Vaccination United Provinces of Agra and Oudh 1914-1922 - 1914-1922
Year: 1914
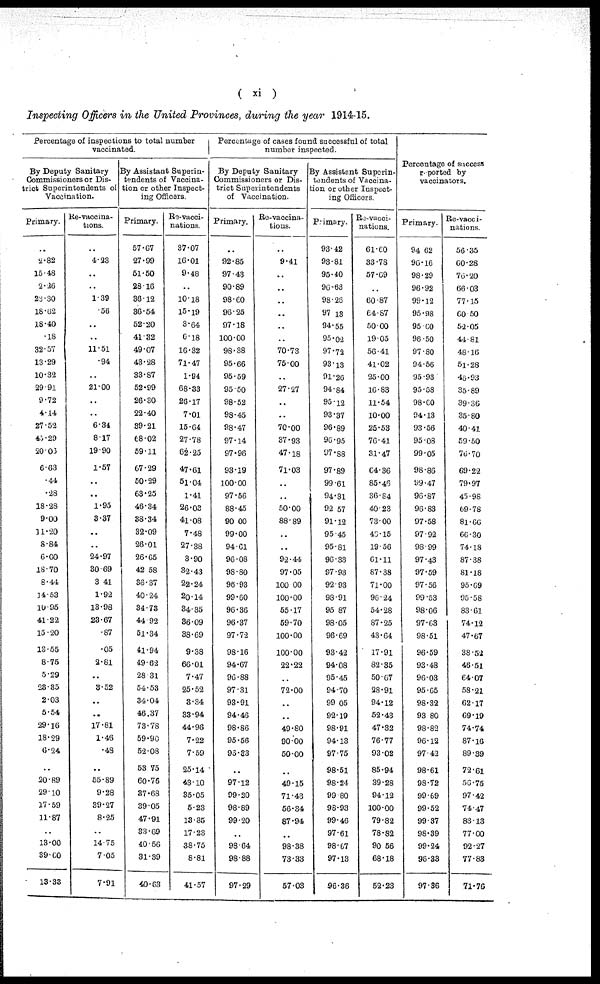
( xi )
Inspecting Officers in the United Provinces, during the year 1914-15.
Percentage of inspections to total number
vaccinated.
By Deputy Sanitary
Commissioners or Dis-
trict Superintendents of
Vaccination.
Primary.
...
2.82
15.48
2.26
23.30
18.62
18.40
.18
32.57
13.29
10.32
29.91
9.72
4.14
27.52
45.29
20.03
6.63
.44
.28
18.28
9.00
11.20
8.84
6.00
18.70
8.44
14.53
10.95
41.22
15.20
13.55
8.75
5.29
23.35
2.03
5.54
29.16
18.29
6.24
...
20.89
29.10
17.59
11.87
...
13.00
39.00
13.33
Re-vaccina-
tions.
...
4.23
...
...
1.39
.56
...
...
11.51
.94
...
21.00
...
...
6.34
8.17
19.90
1.57
...
...
1.95
3.37
...
...
24.97
30.69
3.41
1.92
13.98
23.67
.87
.05
2.61
...
3.52
...
...
17.81
1.46
.48
...
55.89
9.28
39.27
8.25
...
14.75
7.05
7.91
By Assistant Superin-
tendents of Vaccina-
tion or other Inspect-
ing Officers.
Primary.
57.67
27.99
51.50
28.16
36.12
36.54
52.20
41.32
49.07
43.28
33.87
52.99
26.30
22.40
39.21
68.02
59.11
67.29
50.29
63.25
46.34
38.34
32.09
26.01
26.65
42.58
36.37
40.24
34.73
44.92
51.34
41.94
49.62
28.31
54.53
34.04
46.37
73.78
59.90
52.08
53.75
60.76
37.68
39.05
47.91
33.69
40.56
31.39
40.63
Re-vacci-
nations.
37.07
16.01
9.48
...
10.18
15.19
3.64
6.18
16.32
71.47
1.94
68.33
26.17
7.01
15.64
27.78
62.25
47.61
51.04
1.41
26.03
41.08
7.48
27.38
3.90
32.43
22.24
20.14
34.35
36.09
38.69
9.38
66.01
7.47
25.52
3.34
33.94
44.96
7.22
7.59
25.14
43.10
35.05
5.23
13.85
17.23
38.75
8.81
41.57
Percentage of cases found successful of total
number inspected.
By Deputy Sanitary
Commissioners or Dis-
trict Superintendents
of Vaccination.
Primary.
...
92.85
97.43
90.89
98.60
96.25
97.18
100.00
98.38
95.66
95.59
95.50
98.52
98.45
98.47
97.14
97.96
93.19
100.00
97.56
88.45
90.00
99.00
94.61
96.08
98.80
96.93
99.60
96.36
96.37
97.72
98.16
94.67
96.88
97.31
93.91
94.46
98.86
95.56
96.33
...
97.12
99.20
98.89
99.20
...
98.64
98.88
97.29
Re-vaccina¬
tions.
...
9.41
...
...
...
...
...
...
70.73
75.00
...
27.27
...
...
70.00
37.93
47.18
71.03
...
...
50.00
88.89
...
...
92.44
97.05
100.00
100.00
55.17
59.70
100.00
100.00
22.22
...
72.00
...
...
49.80
90.00
50.00
...
49.15
71.43
56.34
87.94
...
98.38
73.33
57.03
By Assistant Superin-
tendents of Vaccina-
tion or other Inspect-
ing Officers.
Pimary.
93.42
93.81
95.40
96.63
98.26
97.13
94.55
95.02
97.72
93.13
91.26
94.84
95.12
93.37
96.89
96.95
97.88
97.89
99.61
94.31
92.57
91.12
95.45
95.81
96.33
97.93
92.93
98.91
95.87
98.05
96.69
93.42
94.08
95.45
94.70
99.05
92.19
98.91
94.13
97.75
98.51
98.24
99.80
98.93
99.46
97.61
98.67
97.13
96.36
Re-vacci¬
nations.
61.60
33.78
57.69
...
60.87
64.87
50.00
19.05
56.41
41.02
25.00
16.83
11.54
10.00
25.53
76.41
31.47
64.36
85.46
36.84
40.23
73.00
46.15
19.56
61.11
87.38
71.00
96.24
54.28
87.25
43.64
17.91
82.35
50.67
28.91
94.12
52.43
47.32
76.77
93.02
85.94
39.28
94.12
100.00
79.82
78.82
90.56
68.18
52.23
Percentage of success
reported by
vaccinators.
Primary.
94.62
96.16
98.29
96.92
99.12
95.98
95.60
96.50
97.80
94.56
95.93
95.58
98.60
94.13
93.56
95.08
99.05
98.86
99.47
96.87
96.83
97.58
97.92
98.99
97.43
97.59
97.56
99.53
98.06
97.63
98.51
96.59
93.48
96.03
95.65
98.32
93.80
98.82
96.12
97.42
98.61
98.72
99.69
99.52
99.37
98.39
99.24
96.33
97.36
Re-vacci¬
nations.
56.35
60.28
76.20
66.03
77.15
60.50
52.05
44.81
48.16
5l.28
46.93
35.89
39.36
35.80
40.41
59.50
76.70
69.22
79.97
45.98
69.78
81.66
66.30
74.18
87.38
81.18
95.69
95.58
83.61
74.12
47.67
38.52
46.51
64.07
58.21
62.17
69.19
74.74
87.16
89.39
72.61
56.75
97.42
74.47
83.13
77.00
92.27
77.83
71.76